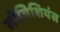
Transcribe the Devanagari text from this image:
लॉजिशियंस